Annual report on the health of the army in India
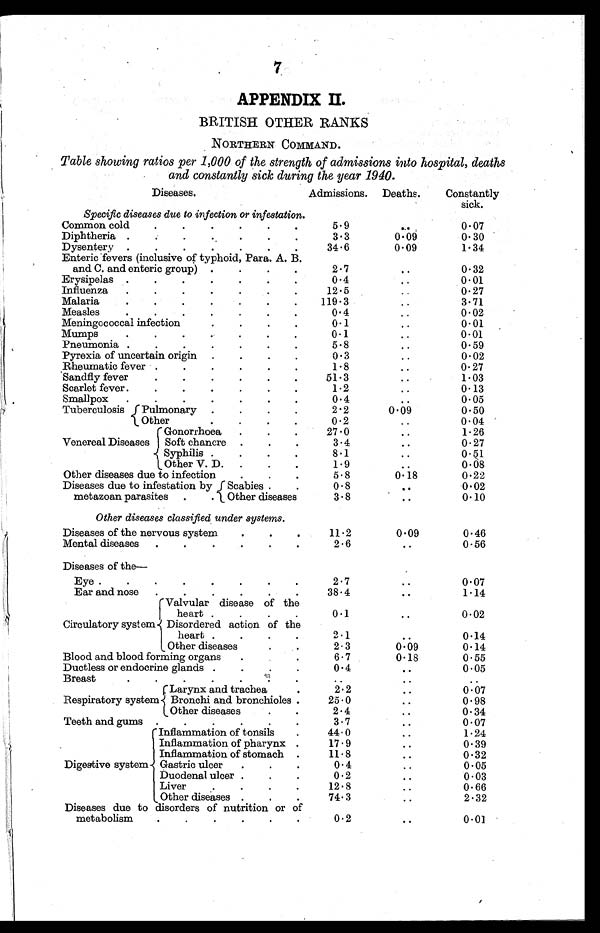
7
A P P E N D I X I I .
BRITISH OTHER RANKS
NORTHERN COMMAND.
Table showing ratios per 1,000 of the strength of admissions into hospital, deaths
and constantly sick during the year 1940.
Diseases
.
S p e c i f i c d i s e a s e s d u e t o i n f e c t i o n o r i n f e s t a t i o n
.
Admissions.
Deaths.
Constantly
sick.
Common cold
. . . . . .
5.9
. .
0.07
Diphtheria.
. . . . .
3.3
0.09
0.30
Dysentery . . . . . . .
34.6
0.09
1.34
Enteric fevers (inclusive of typhoid, Para. A. B
. and C. and enteric group) . . . .
2.7
. .
0.32
Erysipelas . . . . . . .
0.4
. .
0.01
Influenza
. . . . . . .
12.5
. .
0.27
Malaria
. . . . . . .
119. 3
. .
3.71
Measles
. . . . . . .
0.4
. .
0.02
Meningoc oc cal infection.
0.1
. .
0.01
Mumps
. . .. . .
0.1
. .
0.01
Pneumonia . . . . . . .
5.8
. .
0.59
Pyrexia of uncertain origin
. . . .
0.3
. .
0.02
Rheumatic fever . . . . . .
1.8
. .
0.27
Sandfly fever
. . . . . .
51.3
. .
1.03
Scarlet fever . . . . . . .
1.2
. .
0.13
Smallpox
. . . . . .
0.4
. .
0.05
Tuberculosis Pulmonary
. . . .
2.2
0.09
0.50
Other
. . . .
0.2
. .
0.04
Venereal Diseases
Gonorrhoea.
.
.
27.0
. .
1.26
Soft chancre
. . .
3.4
. .
0.27
Syphilis
. . . .
8.1
••
0.51
Other V. D. . . .
1.9
. .
0.08
Other diseases due to infection
. . .
5.8
0.18
0.22
Diseases due to infestation by
metazoan parasites
. .
Scabies . .
0.8
••
0.02
Other diseases
3.8
. .
0.10
Other diseases classified under systems.
..
. .
. .
Diseases of the nervous system
. . .
11.2
0.09
0.46
Mental diseases
. . . . . .
2.6
. .
0.56
Diseases of the
—
..
. .
. .
Eye
. . . . . . . .
2.7
. .
0.07
Ear and nose
. . . .
38.4
. .
1.14
Circulatory system
Valvular disease of the
. .
heart
. . . .
0.1
. .
0.02
Disordered action of the ..
. .
. .
heart
. . . .
2.1
. .
0.14
Other diseases
2. 3
0.09
0.14
Blood and blood forming organs
. .
6.7
0.18
0.55
Ductless or endocrine glands .
0.4
. .
0.05
Breast
. .
. .
. .
Respiratory system
L a r y n x a n d t r a c h e a .
..2.2
. .
0.07
Bronchi and bronchioles.
25.0
. .
0.98
Other diseases
. .
2.4
. .
0.34
Teeth and gums . . . . . .
3.7
. .
0.07
Inflammation of tonsils
.
44.0
••
1.24
Inflammation of pharynx .
17.9
. .
0.39
Digestive system
Inflammation of stomach .
11.8
. .
0.32
Gastric ulcer
. . .
0.4
. .
0.05
Duodenal ulcer . . .
0.2
. .
0.03
Liver
. . . .
12.8
. .
0.66
Other diseases
. . .
74.3
. .
2.32
Diseases due to disorders of nutrition or of
metabolism
. . . . . .
0.2
. .
0. 01